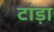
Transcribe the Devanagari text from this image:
टांड़ा